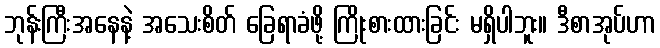
ဘုန်းကြီးအနေနဲ့ အသေးစိတ် ခြေရာခံဖို့ ကြိုးစားထားခြင်း မရှိပါဘူး။ ဒီစာအုပ်ဟာ